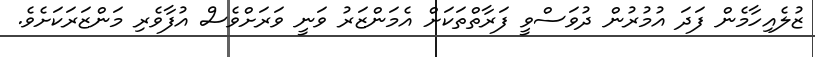
ޒުލެއިހާމެން ފަދަ އުމުރުން ދުވަސްވީ ފަރާތްތަކަށް އެމަންޒަރު ވަނީ ވަރަށްވެސް އުފާވެރި މަންޒަރަކަށެވެ.